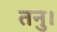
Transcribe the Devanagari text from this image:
तनु।